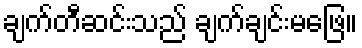
ချက်တီဆင်းသည် ချက်ချင်းမဖြေ။